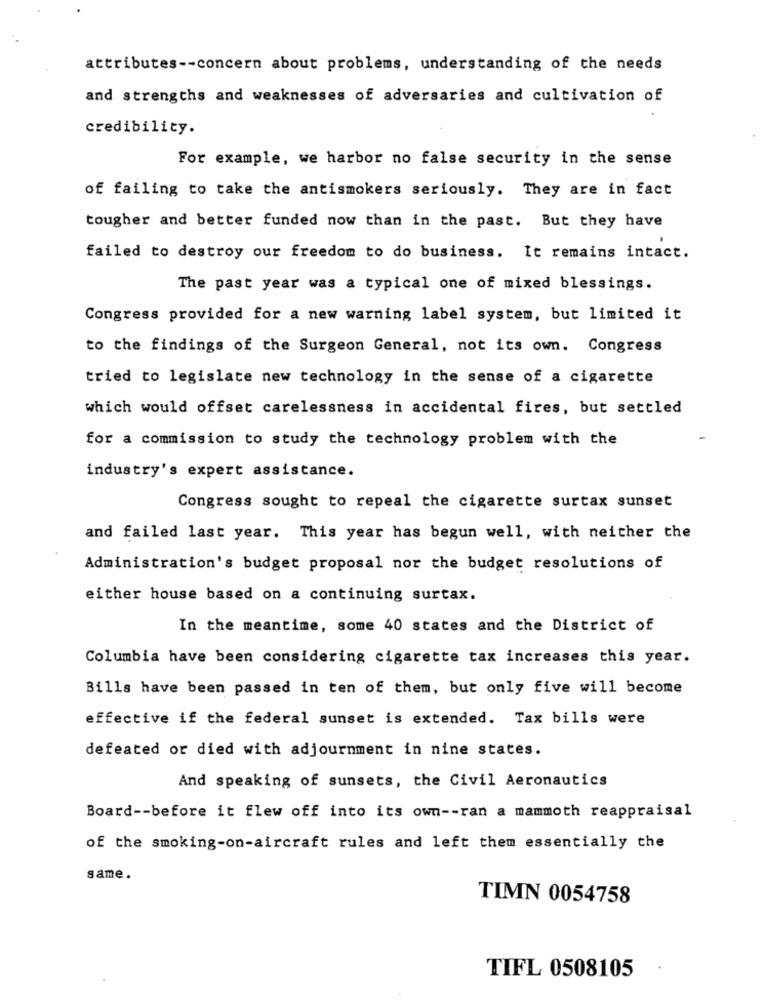
attributes -- concern about problems, understanding of the needs
and strengths and weaknesses of adversaries and cultivation of
credibility.
For example, we harbor no false security in the sense
of failing to take the antismokers seriously. They are in fact
tougher and better funded now than in the past. But they have
failed to destroy our freedom to do business. It remains intact.
The past year was a typical one of mixed blessings.
Congress provided for a new warning label system, but limited it
to the findings of the Surgeon General, not its own. Congress
tried to legislate new technology in the sense of a cigarette
which would offset carelessness in accidental fires, but settled
for a commission to study the technology problem with the
industry's expert assistance.
Congress sought to repeal the cigarette surtax sunset
and failed last year. This year has begun well, with neither the
Administration's budget proposal nor the budget resolutions of
either house based on a continuing surtax.
In the meantime, some 40 states and the District of
Columbia have been considering cigarette tax increases this year.
Bills have been passed in ten of them, but only five will become
effective if the federal sunset is extended. Tax bills were
defeated or died with adjournment in nine states.
And speaking of sunsets, the Civil Aeronautics
Board -- before it flew off into its own -- ran a mammoth reappraisal
of the smoking-on-aircraft rules and left them essentially the
same.
TIMN 0054758
TIFL 0508105